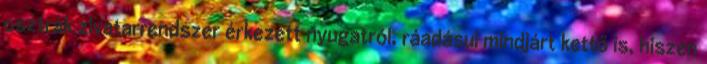
osztrák zivatarrendszer érkezett nyugatról, ráadásul mindjárt kettő is, hiszen